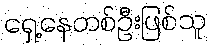
ရှေ့နေတစ်ဦးဖြစ်သူ